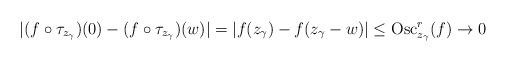
LaTeX: \begin{align*}|(f \circ \tau_{z_\gamma})(0) - (f \circ \tau_{z_\gamma})(w)| = |f(z_\gamma) - f(z_\gamma - w)| \leq \operatorname{Osc}_{z_\gamma}^r(f) \to 0\end{align*}